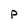
Character: P